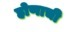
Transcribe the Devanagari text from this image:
होणाची